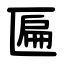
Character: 匾